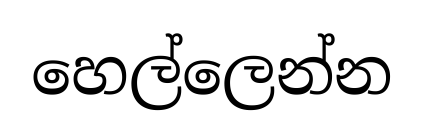
හෙල්ලෙන්න